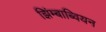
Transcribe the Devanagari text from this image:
झिंम्बाब्वियन